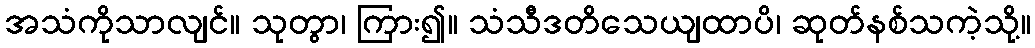
အသံကိုသာလျင်။ သုတွာ၊ ကြား၍။ သံသီဒတိသေယျထာပိ၊ ဆုတ်နစ်သကဲ့သို့။